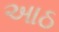
આઠ